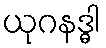
ယုဂနဒ္ဓါ